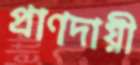
প্রাণদায়ী